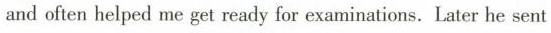
and often belped me get ready for exarninations. Later he sent